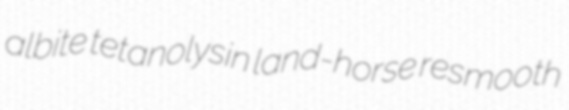
albite tetanolysin land-horse resmooth